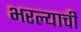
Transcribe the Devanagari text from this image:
भरल्याची